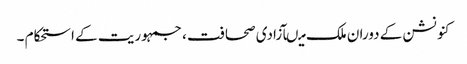
کنونشن کے دوران ملک میںآزادی صحافت ، جمہوریت کے استحکام ۔